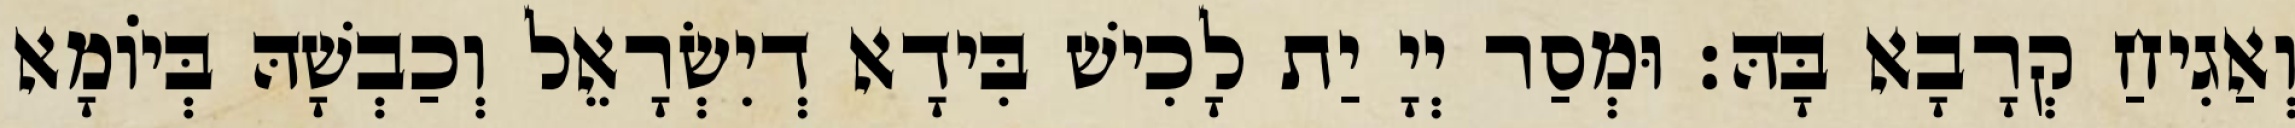
וְאַגִיחַ קְרָבָא בָּהּ׃ וּמְסַר יְיָ יַת לָכִישׁ בִּידָא דְיִשְׂרָאֵל וְכַבְשָׁהּ בְּיוֹמָא